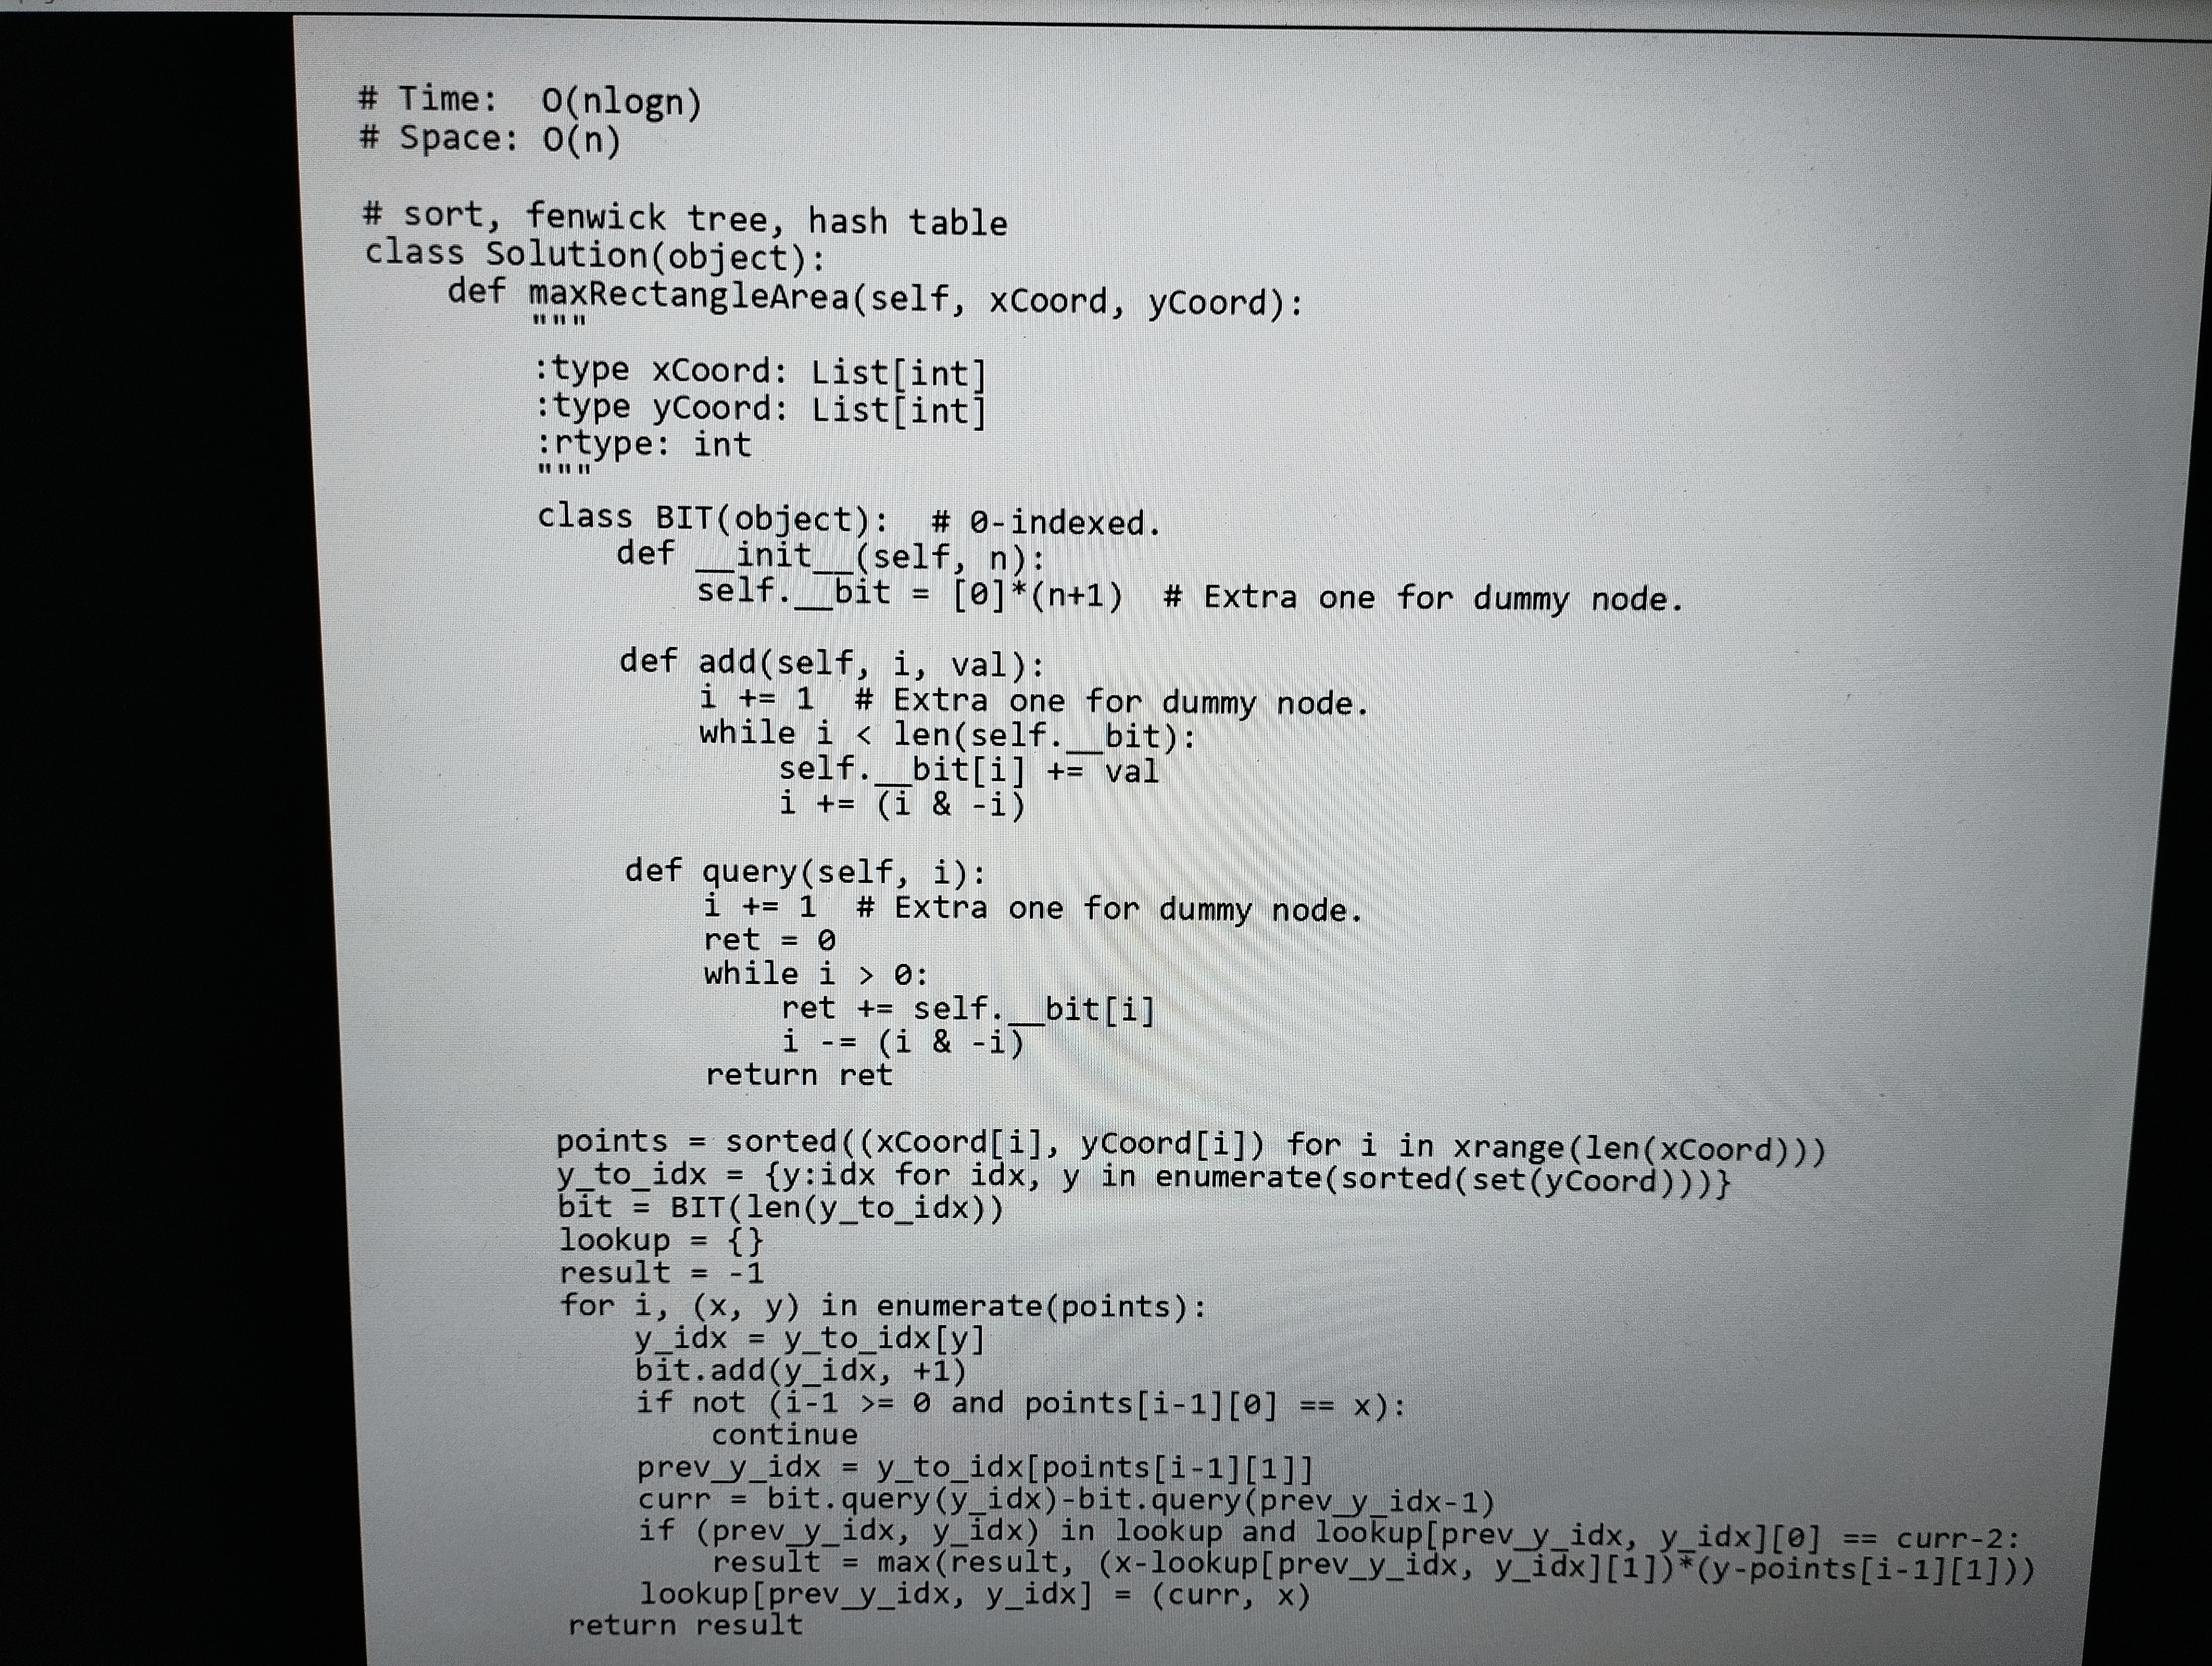
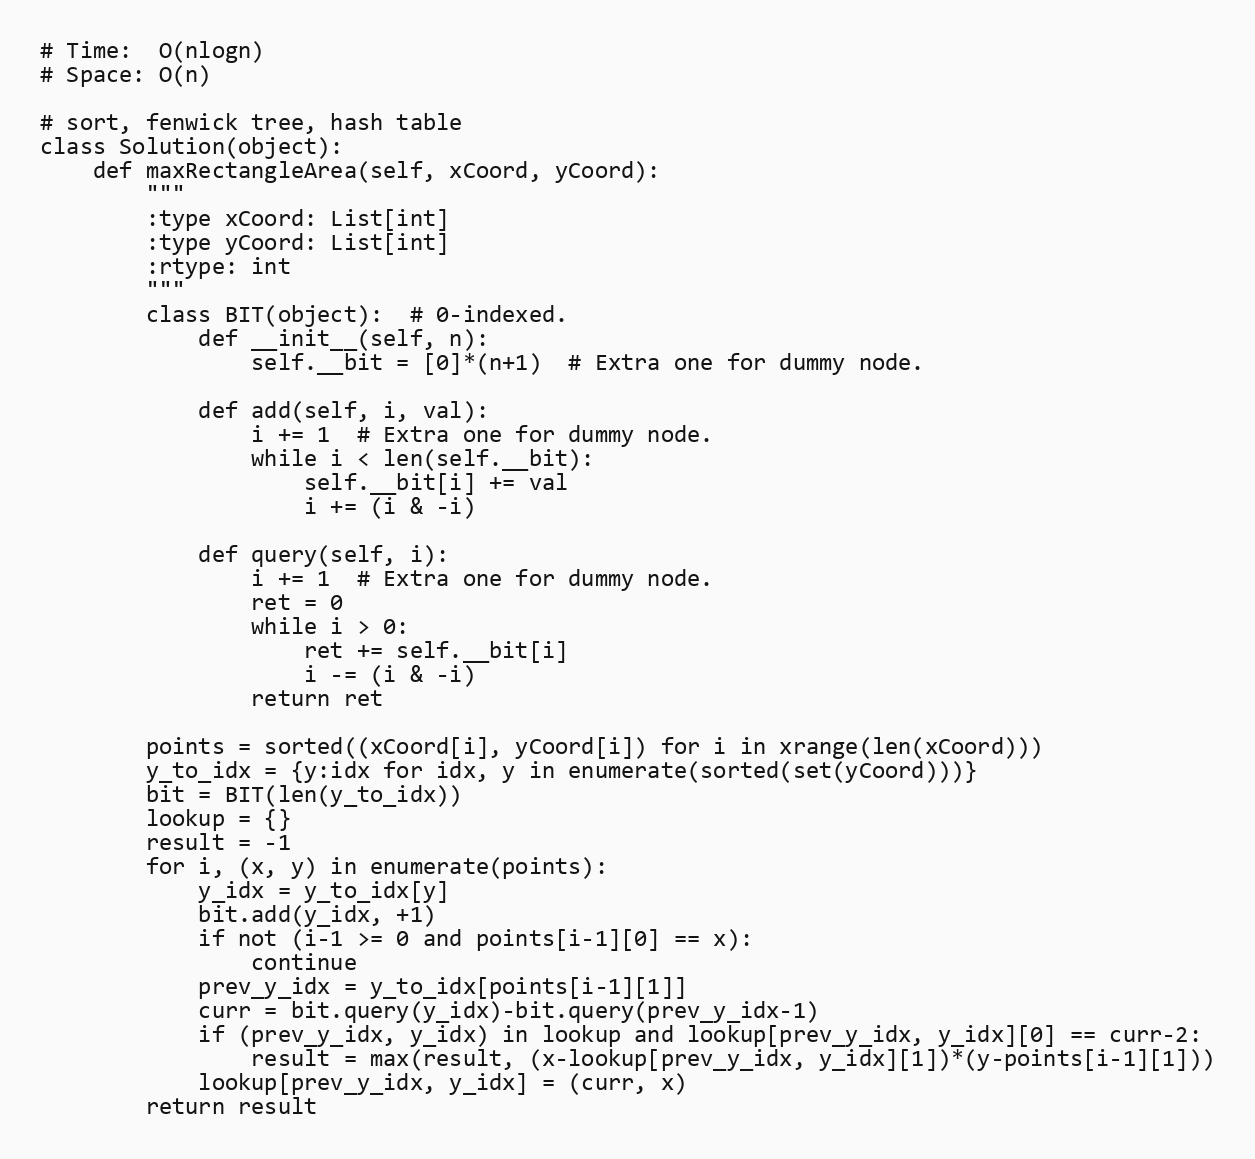
# Time:  O(nlogn)
# Space: O(n)

# sort, fenwick tree, hash table
class Solution(object):
    def maxRectangleArea(self, xCoord, yCoord):
        """
        :type xCoord: List[int]
        :type yCoord: List[int]
        :rtype: int
        """
        class BIT(object):  # 0-indexed.
            def __init__(self, n):
                self.__bit = [0]*(n+1)  # Extra one for dummy node.

            def add(self, i, val):
                i += 1  # Extra one for dummy node.
                while i < len(self.__bit):
                    self.__bit[i] += val
                    i += (i & -i)

            def query(self, i):
                i += 1  # Extra one for dummy node.
                ret = 0
                while i > 0:
                    ret += self.__bit[i]
                    i -= (i & -i)
                return ret

        points = sorted((xCoord[i], yCoord[i]) for i in xrange(len(xCoord)))
        y_to_idx = {y:idx for idx, y in enumerate(sorted(set(yCoord)))}
        bit = BIT(len(y_to_idx))
        lookup = {}
        result = -1
        for i, (x, y) in enumerate(points):
            y_idx = y_to_idx[y]
            bit.add(y_idx, +1)
            if not (i-1 >= 0 and points[i-1][0] == x):
                continue
            prev_y_idx = y_to_idx[points[i-1][1]]
            curr = bit.query(y_idx)-bit.query(prev_y_idx-1)
            if (prev_y_idx, y_idx) in lookup and lookup[prev_y_idx, y_idx][0] == curr-2:
                result = max(result, (x-lookup[prev_y_idx, y_idx][1])*(y-points[i-1][1]))
            lookup[prev_y_idx, y_idx] = (curr, x)
        return result